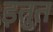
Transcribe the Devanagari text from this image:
इतुत